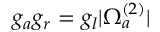
g _ { a } g _ { r } = g _ { l } | \Omega _ { a } ^ { ( 2 ) } |